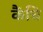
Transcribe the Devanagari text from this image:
कैंचि